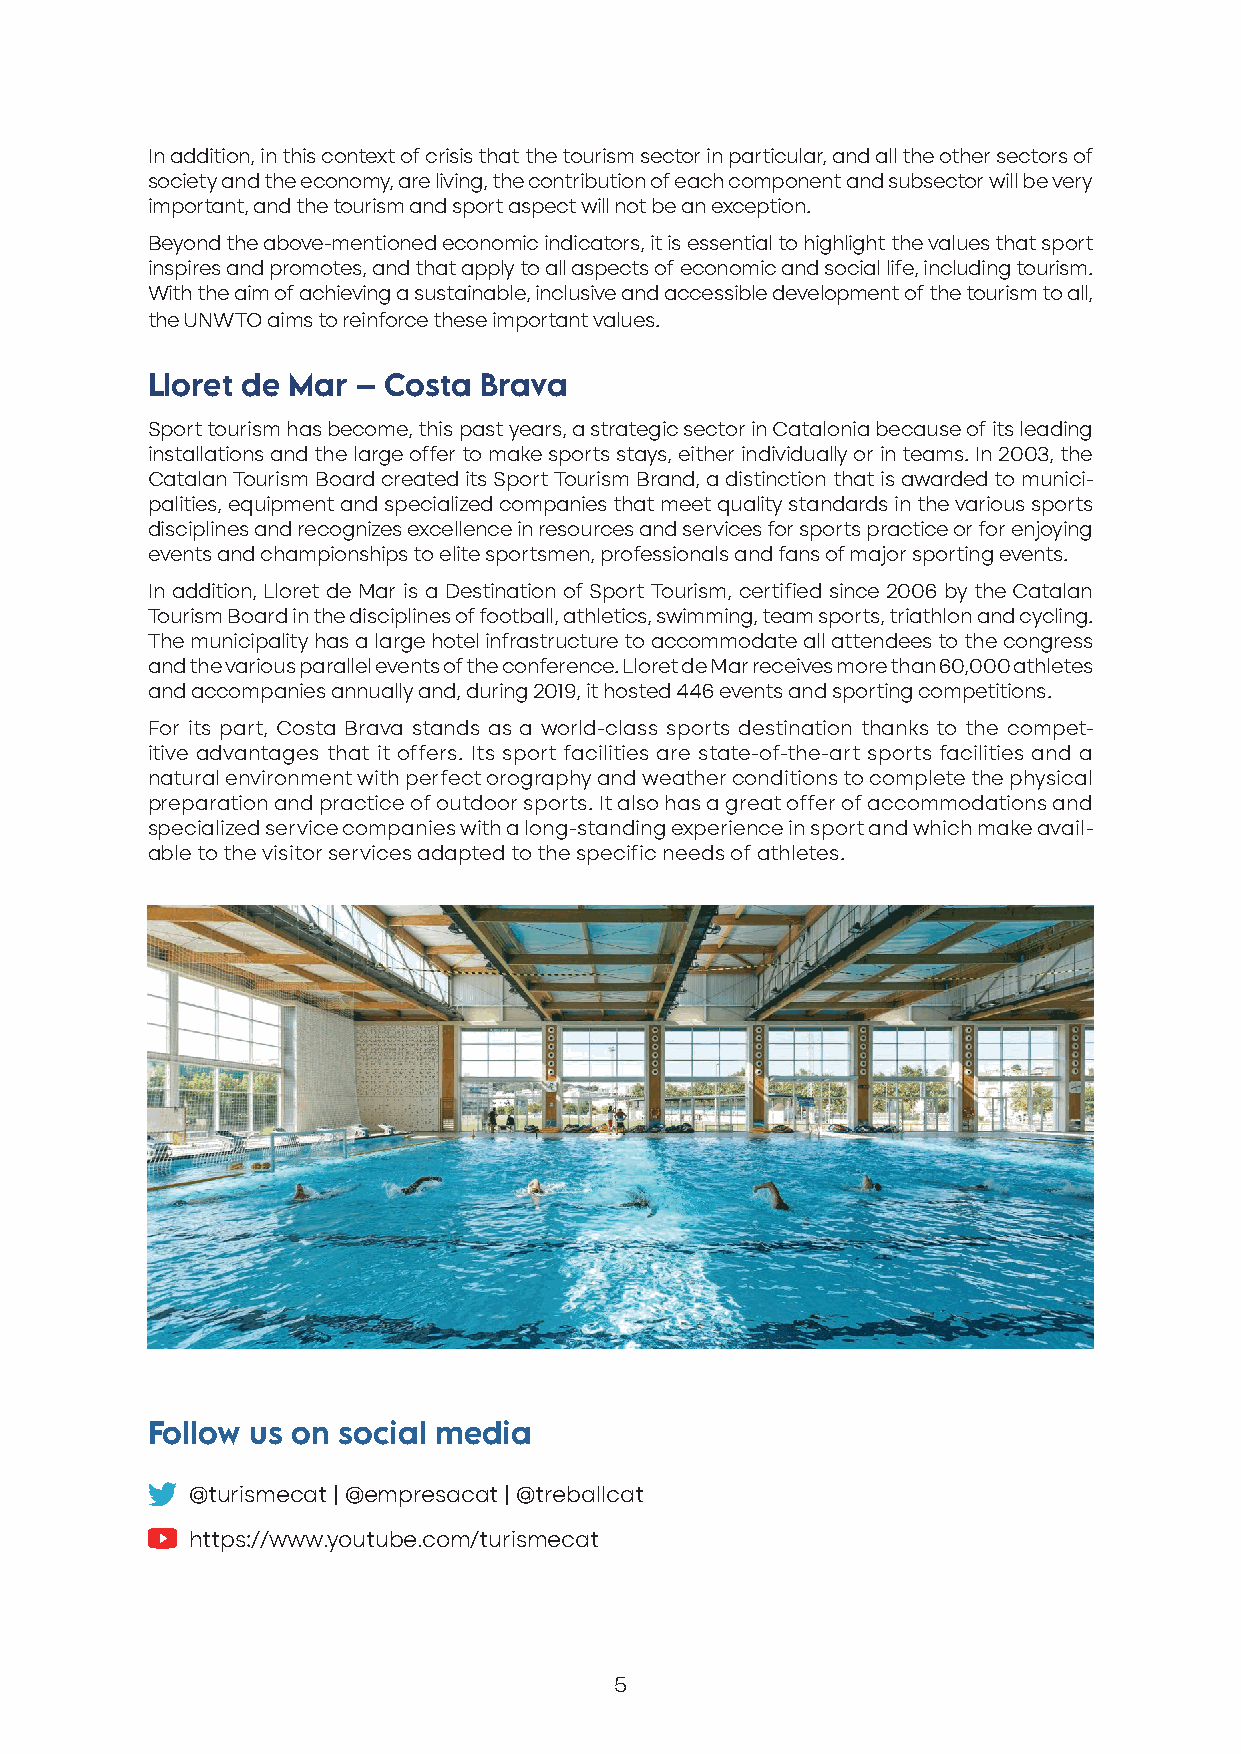
In addition, in this context of crisis that the tourism sector in particular, and all the other sectors of
 society and the economy, are living, the contribution of each component and subsector will be very
 important, and the tourism and sport aspect will not be an exception.
 Beyond the above-mentioned economic indicators, it is essential to highlight the values that sport
 inspires and promotes, and that apply to all aspects of economic and social life, including tourism.
 With the aim of achieving a sustainable, inclusive and accessible development of the tourism to all,
 the UNWTO aims to reinforce these important values.
 Lloret de Mar – Costa Brava
 Sport tourism has become, this past years, a strategic sector in Catalonia because of its leading
 installations and the large offer to make sports stays, either individually or in teams. In 2003, the
 Catalan Tourism Board created its Sport Tourism Brand, a distinction that is awarded to munici-
 palities, equipment and specialized companies that meet quality standards in the various sports
 disciplines and recognizes excellence in resources and services for sports practice or for enjoying
 events and championships to elite sportsmen, professionals and fans of major sporting events.
 In addition, Lloret de Mar is a Destination of Sport Tourism, certified since 2006 by the Catalan
 Tourism Board in the disciplines of football, athletics, swimming, team sports, triathlon and cycling.
 The municipality has a large hotel infrastructure to accommodate all attendees to the congress
 and the various parallel events of the conference. Lloret de Mar receives more than 60,000 athletes
 and accompanies annually and, during 2019, it hosted 446 events and sporting competitions.
 For its part, Costa Brava stands as a world-class sports destination thanks to the compet-
 itive advantages that it offers. Its sport facilities are state-of-the-art sports facilities and a
 natural environment with perfect orography and weather conditions to complete the physical
 preparation and practice of outdoor sports. It also has a great offer of accommodations and
 specialized service companies with a long-standing experience in sport and which make avail-
 able to the visitor services adapted to the specific needs of athletes.
 Follow us on social media
 @turismecat | @empresacat | @treballcat
 https://www.youtube.com/turismecat
 5